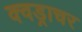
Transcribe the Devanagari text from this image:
क्वड्राचर